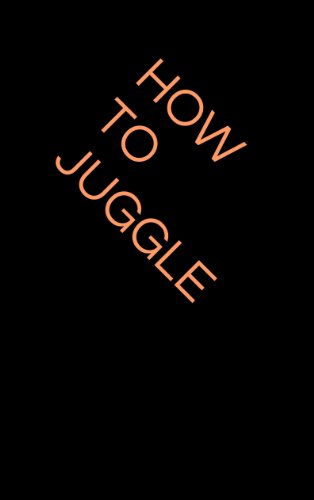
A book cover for How to Juggle; Jennifer Brown; Sports & Outdoors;